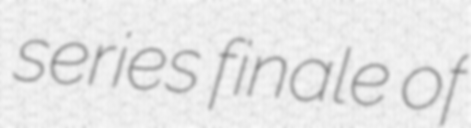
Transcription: series finale of